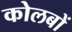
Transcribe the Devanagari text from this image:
कोलबों